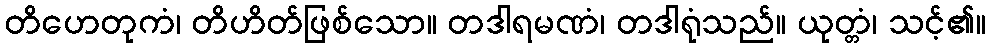
တိဟေတုကံ၊ တိဟိတ်ဖြစ်သော။ တဒါရမဏံ၊ တဒါရုံသည်။ ယုတ္တံ၊ သင့်၏။